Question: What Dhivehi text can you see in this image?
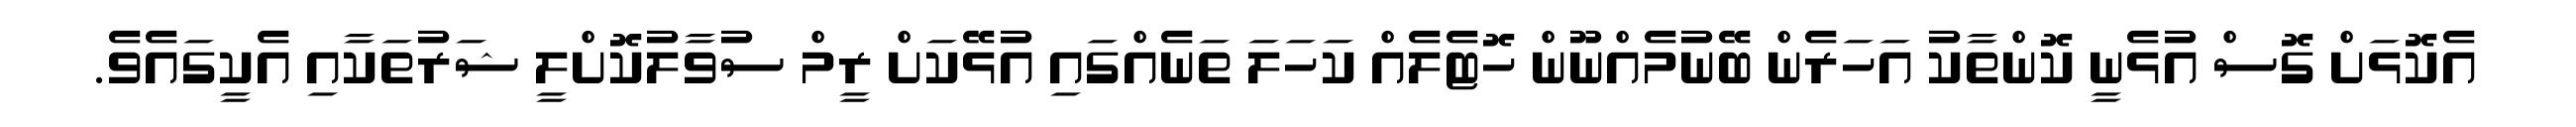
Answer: އެކޮޅަށް ގޮސް އުޅެނީ ކޮންތާކު އަހަރެން ބޭނުމެއްނޫން ހޮޓެލެއް ކަހަލަ ތަނެއްގައި އުޅޭކަށް ރީމް ސުވާލުކޮށްލީ ޝަރުތަކާއި އެކީގައެވެ.